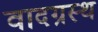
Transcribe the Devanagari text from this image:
वादग्रस्थ